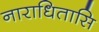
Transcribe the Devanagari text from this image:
नाराधितासि